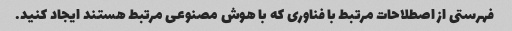
فهرستی از اصطلاحات مرتبط با فناوری که با هوش مصنوعی مرتبط هستند ایجاد کنید.